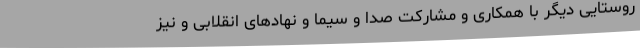
روستایی دیگر با همکاری و مشارکت صدا و سیما و نهادهای انقلابی و نیز